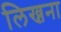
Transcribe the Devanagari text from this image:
लिख्नना